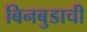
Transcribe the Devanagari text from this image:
बिनबुडाची